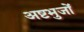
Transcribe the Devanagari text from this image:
अष्टभुजों